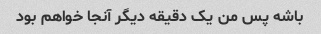
باشه پس من یک دقیقه دیگر آنجا خواهم بود